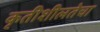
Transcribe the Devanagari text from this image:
कृतीशीलतेचा